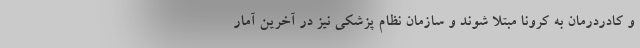
و کادردرمان به کرونا مبتلا شوند و سازمان نظام پزشکی نیز در آخرین آمار